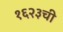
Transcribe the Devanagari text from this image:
१६२३ची